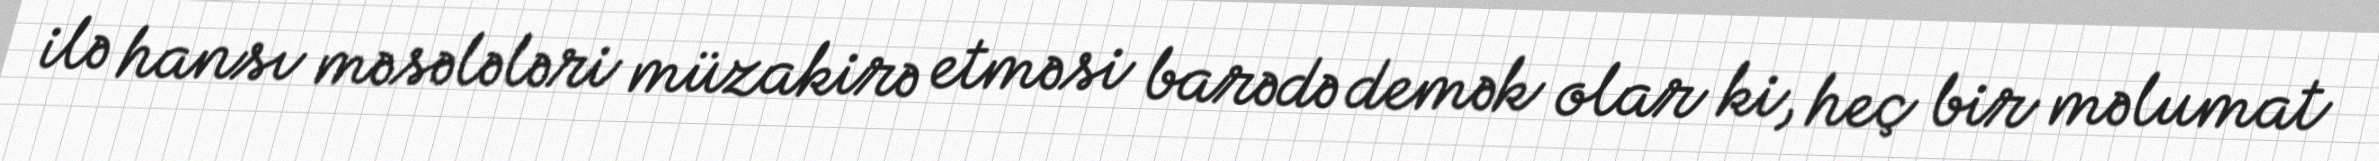
ilə hansı məsələləri müzakirə etməsi barədə demək olar ki, heç bir məlumat